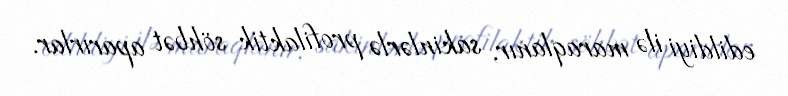
edildiyi ilə maraqlanır, sakinlərlə profilaktik söhbət aparırlar.